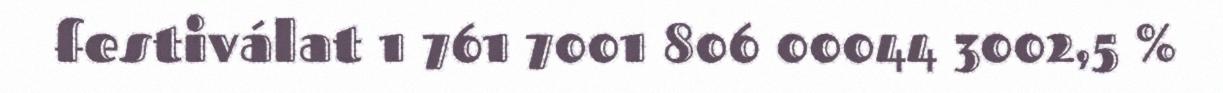
festiválat 1 761 7001 806 00044 3002,5 %